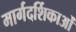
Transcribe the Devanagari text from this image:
मार्गदर्शिकाओं